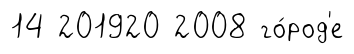
14 201920 2008 го́род'е